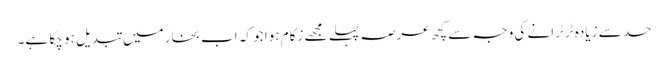
حد سے زیادہ ٹرٹرانے کی وجہ سے کچھ عرصہ پہلے مجھے زکام ہوا جو کہ اب بخار میں تبدیل ہو چکا ہے۔